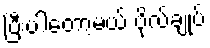
ပြီးပါတော့မယ် ဗိုလ်ချုပ်